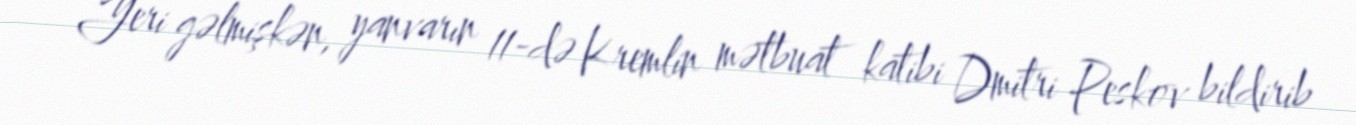
Yeri gəlmişkən, yanvarın 11-də Kremlin mətbuat katibi Dmitri Peskov bildirib